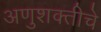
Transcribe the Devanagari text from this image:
अणुशक्तीचे